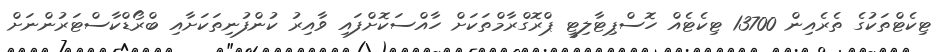
ޓިކެޓްތަކުގެ ތެރެއިން 13700 ޓިކެޓެއް ހޮސްޕިޓާލިޓީ ޕްރޮގްރާމްތަކަށް ހާއްސަކޮށްފައި ވާއިރު ކުންފުނިތަކަށާއި ބްރޯޑްކާސްޓަރުންނަށް